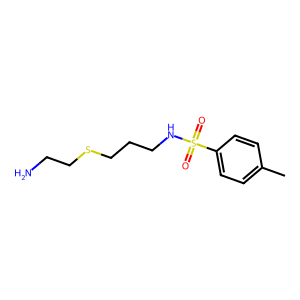
SMILES: Cc1ccc(S(=O)(=O)NCCCSCCN)cc1
Inhibits HIV replication: No